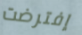
إفترضت